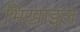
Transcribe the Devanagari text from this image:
भिख़ाइल